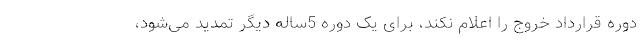
دوره قرارداد خروج را اعلام نکند، برای یک دوره 5ساله دیگر تمدید می‌شود،